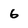
Character: 6